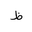
Letter: _za